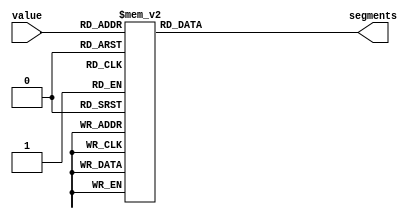
module digit_converter ( value, segments );

	input [3:0] value;
	output [7:0] segments;
	reg [7:0] temp_segments;

	// 7 segment conversion
	always @ (value)
		case (value)
			4'b0000 : temp_segments <= 8'b00111111 ; // 0
			4'b0001 : temp_segments <= 8'b00000110 ; // 1
			4'b0010 : temp_segments <= 8'b01011011 ; // 2
			4'b0011 : temp_segments <= 8'b01001111 ; // 3
			4'b0100 : temp_segments <= 8'b01100110 ; // 4
			4'b0101 : temp_segments <= 8'b01101101 ; // 5
		  4'b0110 : temp_segments <= 8'b01111101 ; // 6
			4'b0111 : temp_segments <= 8'b00000111 ; // 7
			4'b1000 : temp_segments <= 8'b01111111 ; // 8
			4'b1001 : temp_segments <= 8'b01101111 ; // 9
			4'b1010 : temp_segments <= 8'b01110111 ; // A
			4'b1011 : temp_segments <= 8'b01111100 ; // b
			4'b1100 : temp_segments <= 8'b01011000 ; // c
			4'b1101 : temp_segments <= 8'b01011110 ; // d
			4'b1110 : temp_segments <= 8'b01111001 ; // E
			4'b1111 : temp_segments <= 8'b00000000 ; // All off
	  endcase
		 
	assign segments = temp_segments;

endmodule